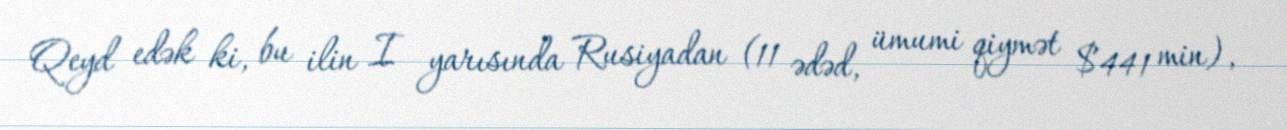
Qeyd edək ki, bu ilin I yarısında Rusiyadan (11 ədəd, ümumi qiymət $441 min),